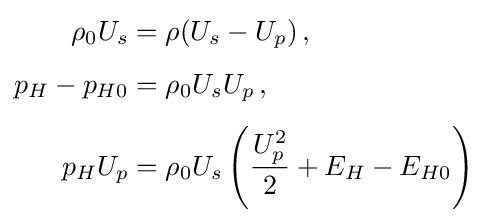
{\begin{aligned}\rho _{0}U_{s}&=\rho (U_{s}-U_{p})\,,\\[1ex]p_{H}-p_{H0}&=\rho _{0}U_{s}U_{p}\,,\\[1ex]p_{H}U_{p}&=\rho _{0}U_{s}\left({\frac {U_{p}^{2}}{2}}+E_{H}-E_{H0}\right)\end{aligned}}